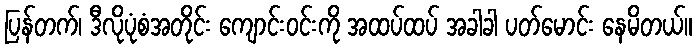
ပြန်တက်၊ ဒီလိုပုံစံအတိုင်း ကျောင်းဝင်းကို အထပ်ထပ် အခါခါ ပတ်မောင်း နေမိတယ်။